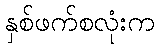
နှစ်ဖက်စလုံးက